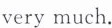
very much.